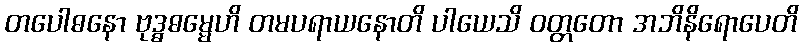
တပေါဓနော ဗုဒ္ဓဓမ္မေဟိ တမပရာယနောတိ ပါယေသိ ဝတ္တတော အဘိနိရောပေတိ